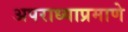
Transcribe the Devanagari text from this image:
अपराध्याप्रमाणे